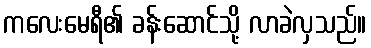
ကလေးမေရီ၏ ခန်းဆောင်သို့ လာခဲလှသည်။